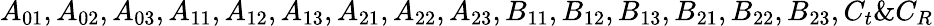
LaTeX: A_{01},A_{02},A_{03},A_{11},A_{12},A_{13},A_{21},A_{22},A_{23},B_{11},B_{12},B_{13},B_{21},B_{22},B_{23},C_{t}\& C_{R}